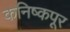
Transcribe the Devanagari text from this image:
कनिष्कपूर